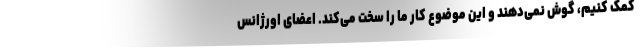
کمک کنیم، گوش نمی‌دهند و این موضوع کار ما را سخت می‌کند. اعضای اورژانس